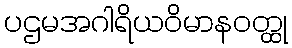
ပဌမအဂါရိယဝိမာနဝတ္ထု